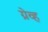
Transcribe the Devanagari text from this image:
ग्रेव्ह